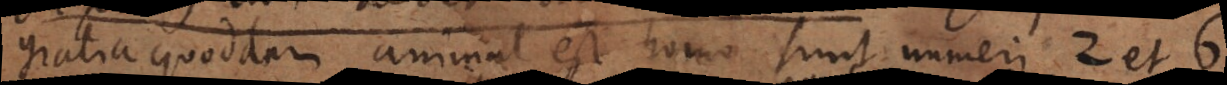
gratia quoddam animal est homo, sunt numeri 2 et 6.